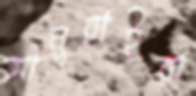
সামুরাইরা